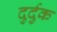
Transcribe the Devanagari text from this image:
दुर्दुक